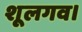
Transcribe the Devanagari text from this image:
शूलगव।